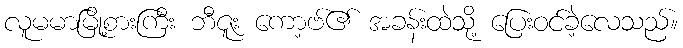
လူမမာမြို့စားကြီး ဘီဇူး ကော့ဗ်၏ အခန်းထဲသို့ ပြေးဝင်ခဲ့လေသည်။